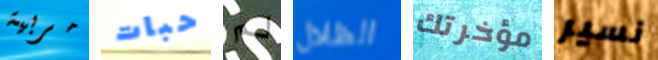
مربية حبات لم الظلال مؤخرتك نسير